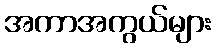
အကာအကွယ်များ